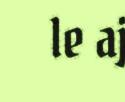
le aj